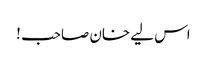
اس لیے خان صاحب !